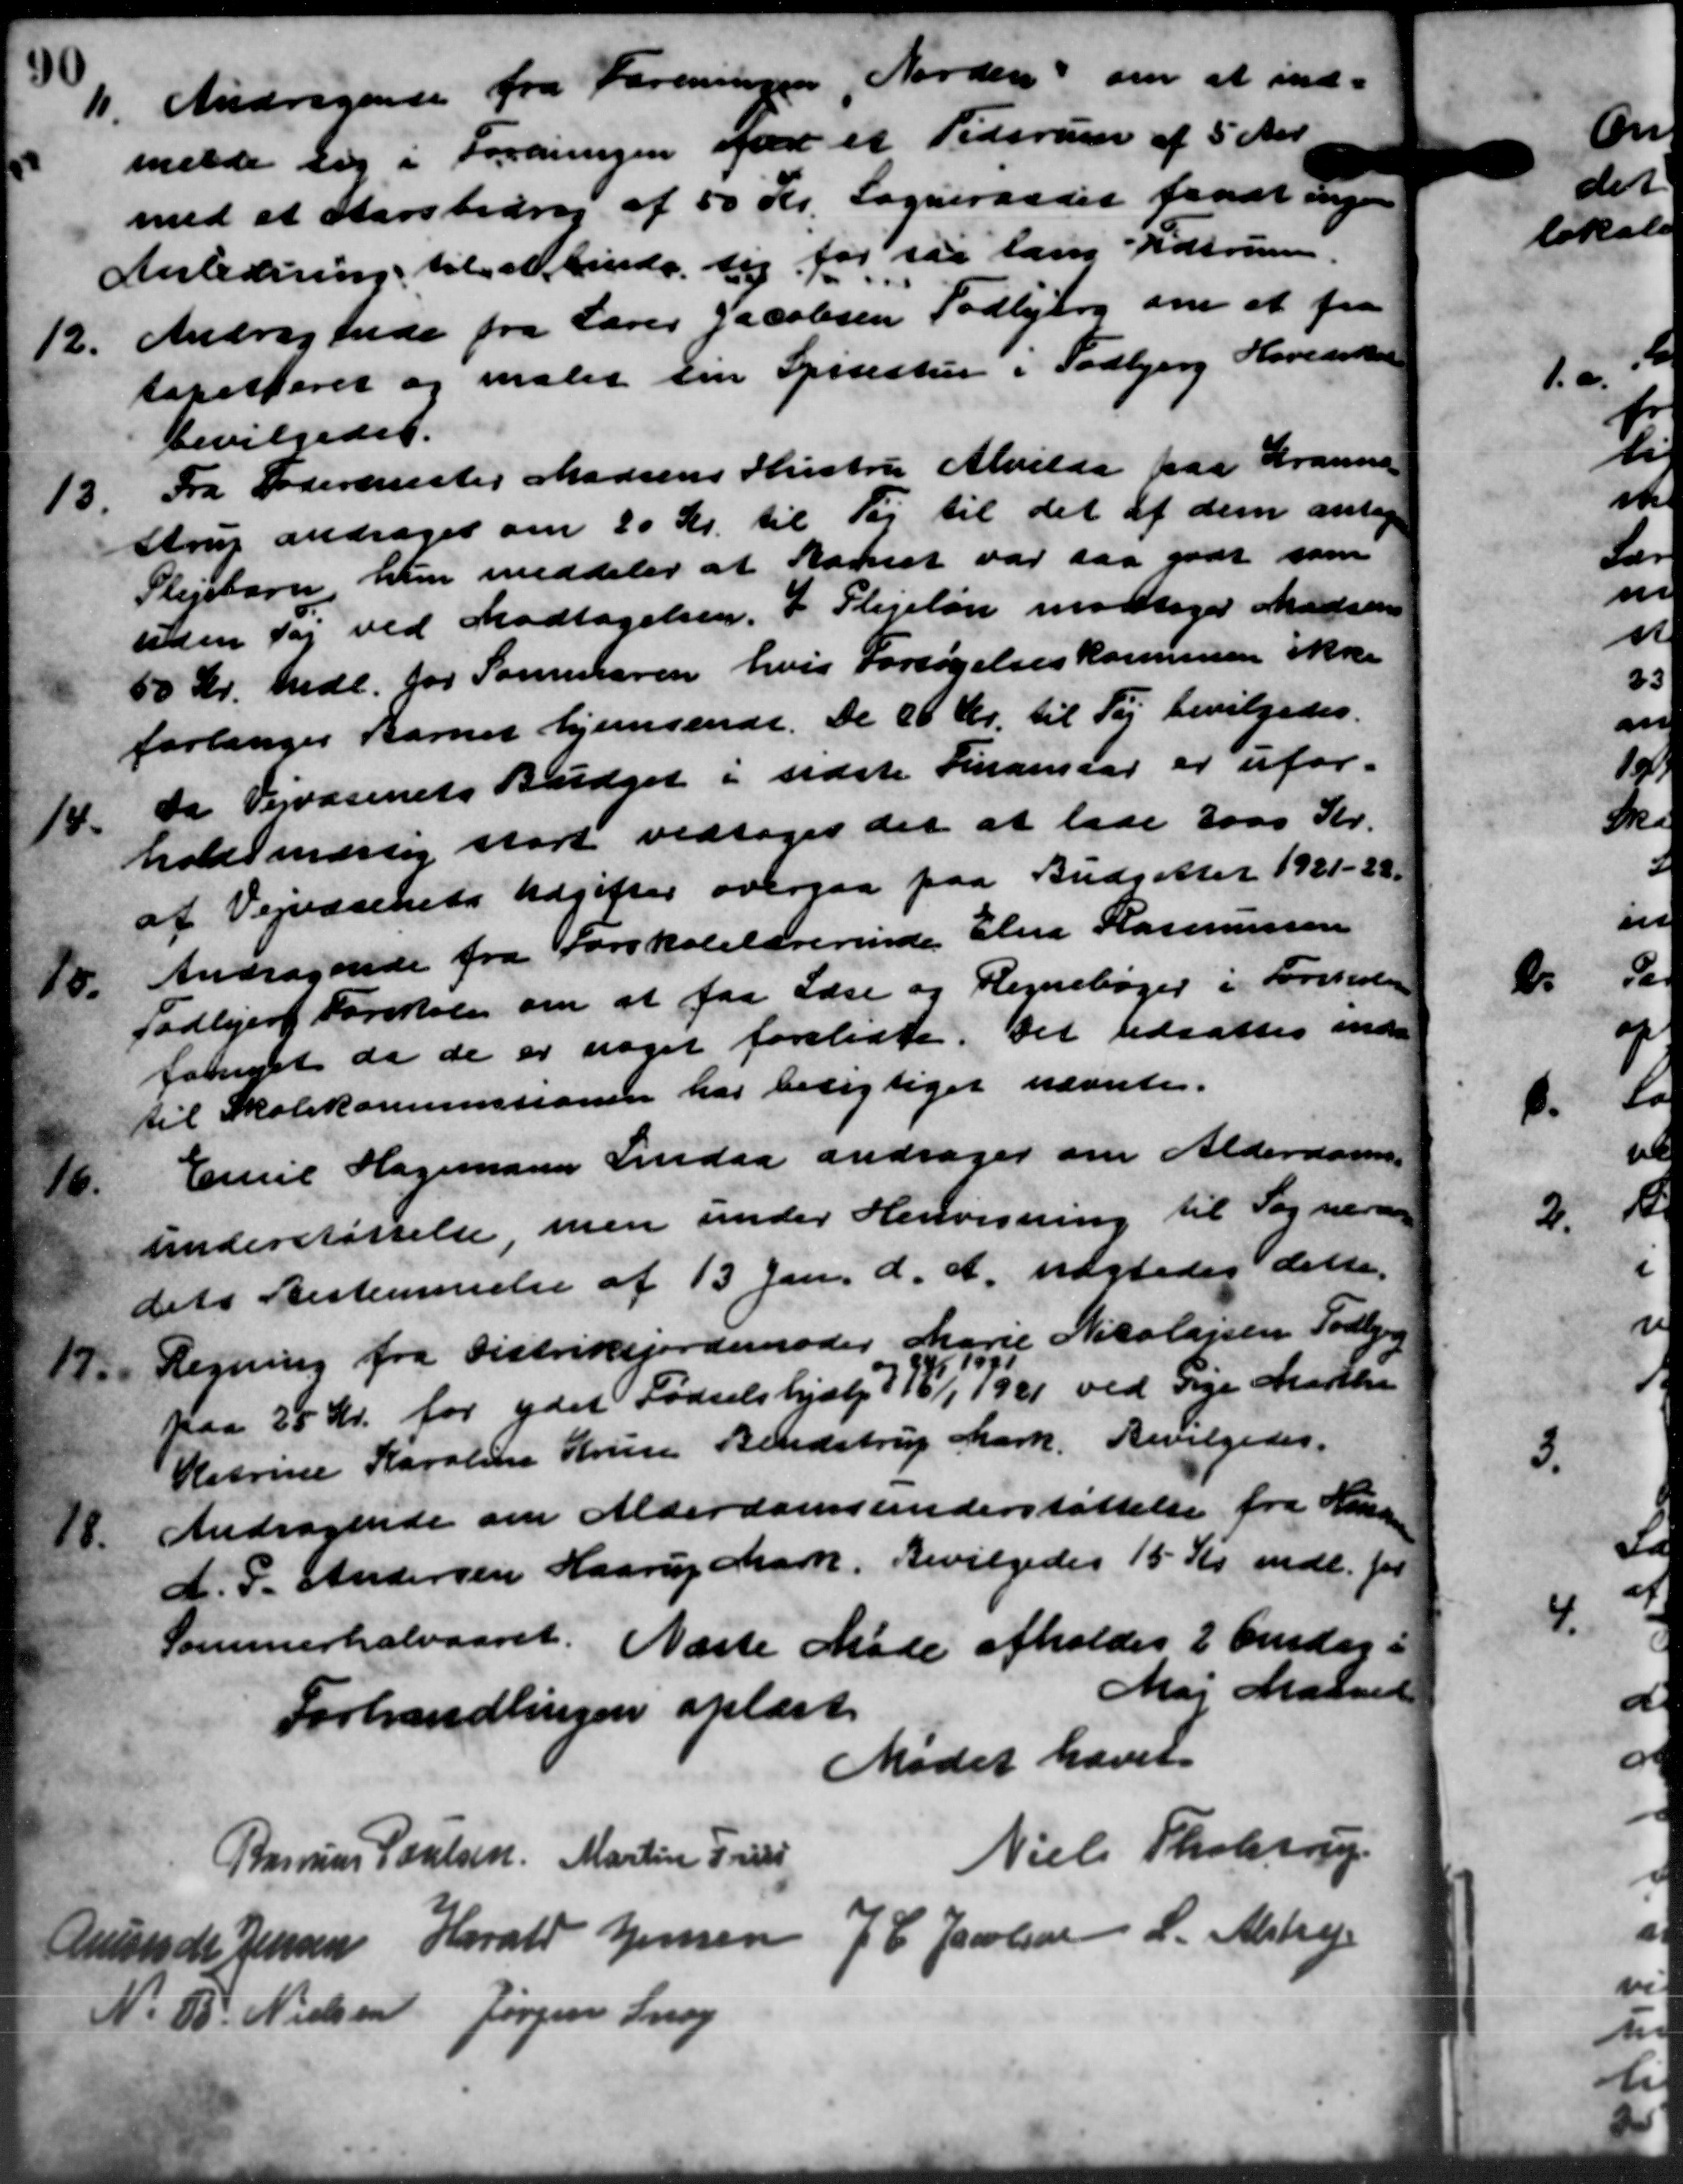
Transskription:
11. Andragende fra Foreningen, Norden om at ind
11. Andragende fra Foreningen, Norden om at ind
melde sig i Foreningen faa et Tidsrum af 5 Aar.
med at Starsbring af 50 Kr. Sogneraadet faaet Sogne
Anledning til at binde sig for så lang Tidsrum.
12.
Andragende fra Lærer Jacobsen Todbjerg om et fra
tapetseret og maler en Spisestier i Todbjerg Hovedskole
bevilgedes.
13.
Fra Fodermester Madsens Hustru Alvilda paa Gransen
strup andrager om 20 Kr. til Vej til det af dem antage
Plejebarn, hun meddeler at Barnet var saa godt som
uden Sag ved Modtagelsen. I Plejeløn modtager Madsens
50 Kr. medl. for Sammeren hvis Forsøgelseskommunen ikke
forlanger Barnet hjemsendt. de 20 Kr. til Tøj bevilgedes.
1/4.
da Vejvæsenets Budget i sidste Finansaar er ufor-
holdsmæssig stort vedtoges det at lade 3000 Kr.
af Vejvæsenets Udgifter overgaa paa Budgetter 1921-22.
10.
Andragende fra Forskolelærerinde Eline Rasmussen
Todbjerg Forskole om at faa Lære og Regnebøger i Forskolen
fornyet da de er noget foreladte. Det udsattes inde
til Skolekommissionen har besigtiget nævnte.
16.
Emil Hagemann Lindaa andrager om Alderdoms-
understøttelse men under Henvisning til Sogneraad
dets Bestemmelse af 13 Jan. d. A. uægtedes dette.
Regning fra Distrikejordemoder Marie Nicolajsen Todbjerg
17.
paa 25 Kr. for ydet Fødselshjælp 378, 1921 ved Sige Mørke
Katrine Karoline Krise Bendstrup Mark. Bevilgedes.
78.
Andragende om Alderdomsunderstøttelse fra Lan
A. P. Andersen Haarup Mark. Bevilgedes 15 Kr. mdl. for
Sommerhalvaaret. Næste Møde afholdes 2 Onsdag i
Maj Maaned
Forhandlingen oplæst.
Mødet hævet
Niels Skolestrup
Rasmus Poulsen Martin Prist
Anunde Jensen Harald Jensen J. C. Jacobsen L. Alstrup
N. P. Nielsen Jørgen Snog